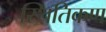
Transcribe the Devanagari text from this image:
स्थितिकण